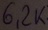
Text: 6,2K